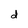
Character: d